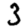
Digit: 3